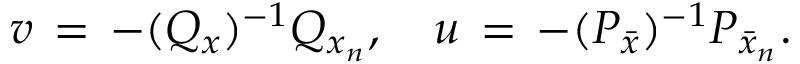
v \, = \, - ( Q _ { x } ) ^ { - 1 } Q _ { x _ { n } } , \ \ \ u \, = \, - ( P _ { \bar { x } } ) ^ { - 1 } P _ { \bar { x } _ { n } } .